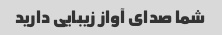
شما صدای آواز زیبایی دارید